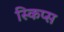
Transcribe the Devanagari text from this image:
स्किप्स